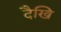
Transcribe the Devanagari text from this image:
दैखि